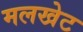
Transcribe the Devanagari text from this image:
मलखेट